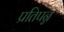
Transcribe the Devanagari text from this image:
प्रतिपन्नं